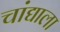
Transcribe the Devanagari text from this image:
चांद्याला